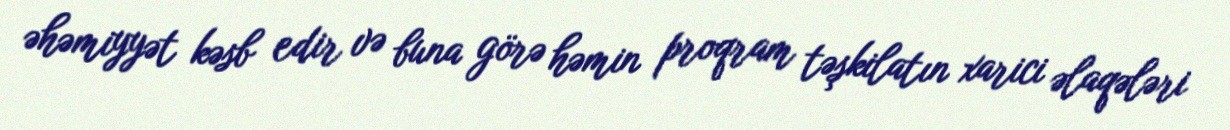
əhəmiyyət kəsb edir və buna görə həmin proqram təşkilatın xarici əlaqələri